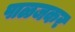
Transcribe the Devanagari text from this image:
पाळजकर